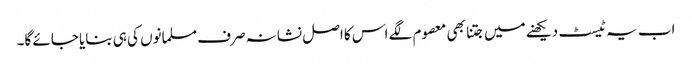
اب یہ ٹیسٹ دیکھنے میں جتنا بھی معصوم لگے اس کا اصل نشانہ صرف مسلمانوں کی ہی بنایا جائے گا۔